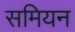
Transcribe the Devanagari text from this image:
समियन